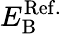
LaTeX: E_{\mathrm{B}}^{\mathrm{Ref.}}